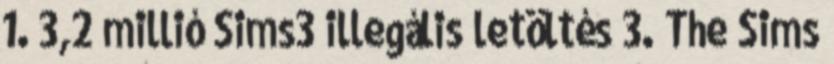
1. 3,2 millió Sims3 illegális letöltés 3. The Sims